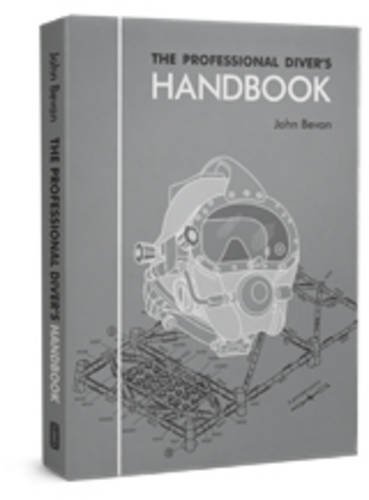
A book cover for The Professional Diver's Handbook; Engineering & Transportation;